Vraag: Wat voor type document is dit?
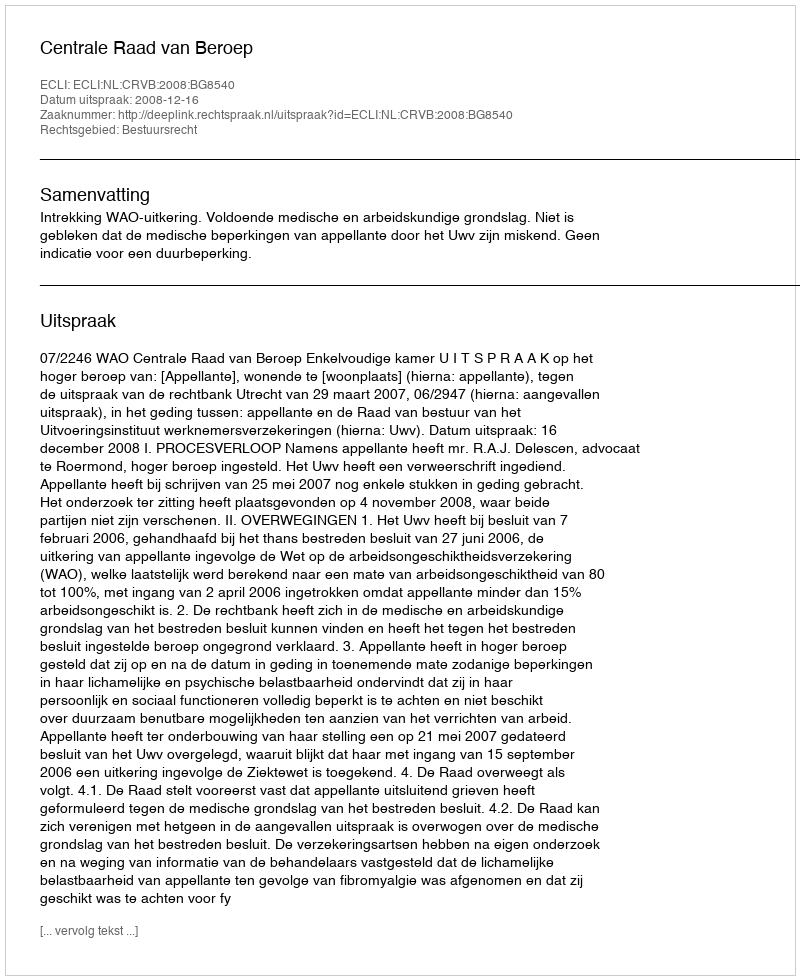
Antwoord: Uitspraak